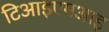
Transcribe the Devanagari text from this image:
टिआइएमआइ